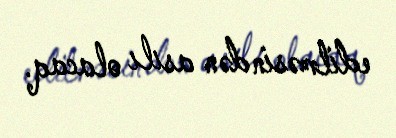
edilməsindən asılı olacaq.